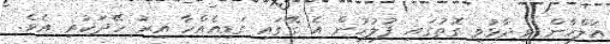
އަލްހާން ވިދާޅުވި ގޮތުގައި ފުލުހުން އެ ގޭގައި ގަޑިއެއްހާ އިރު ހޭދަކުރި އެވެ.